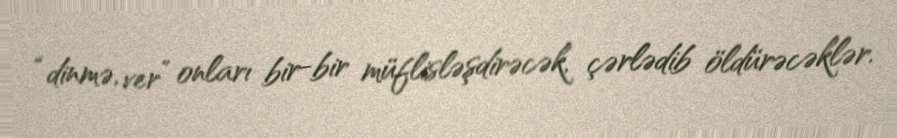
“dinmə, ver” onları bir-bir müflisləşdirəcək, çərlədib öldürəcəklər.